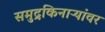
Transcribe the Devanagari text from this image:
समुद्रकिनाऱ्यांवर